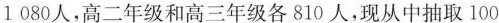
1 080人，高二年级和高三年级各810人，现从中抽取100